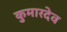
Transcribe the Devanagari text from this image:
कुमारदेव